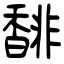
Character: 馡